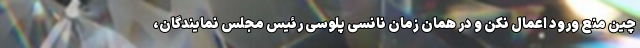
چین منع ورود اعمال نکن و در همان زمان نانسی پلوسی رئیس مجلس نمایندگان،